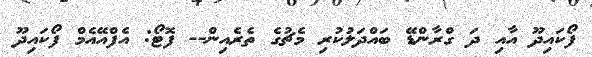
ފޯކައިދޫ އާއި ދަ ގްރާންޑޭ ބައްދަލުކުރި މެޗުގެ ތެރެއިން-- ފޮޓޯ: އެފްއޭއެމް ފޯކައިދޫ